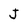
Character: J